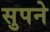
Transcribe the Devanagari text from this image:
सुपने